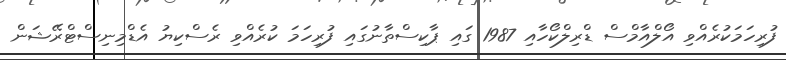
ފުރިހަމަކުރެއްވި އޯލްއާމްސް ޑްރިލްކޯހާއި 1987 ގައި ޕާކިސްތާނުގައި ފުރިހަމަ ކުރެއްވި ރެސްކިޔު އެޑްމިނިސްޓްރޭޝަން